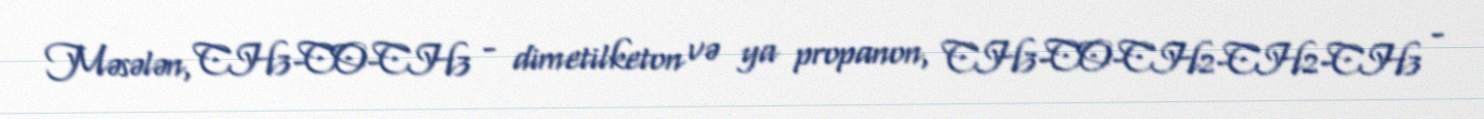
Məsələn, CH3-CO-CH3 - dimetilketon və ya propanon, CH3-CO-CH2-CH2-CH3 -